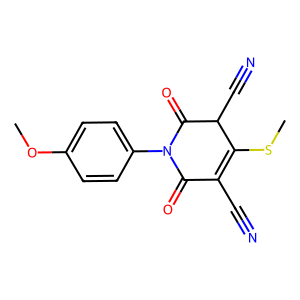
SMILES: COc1ccc(N2C(=O)C(C#N)=C(SC)C(C#N)C2=O)cc1
Inhibits HIV replication: No